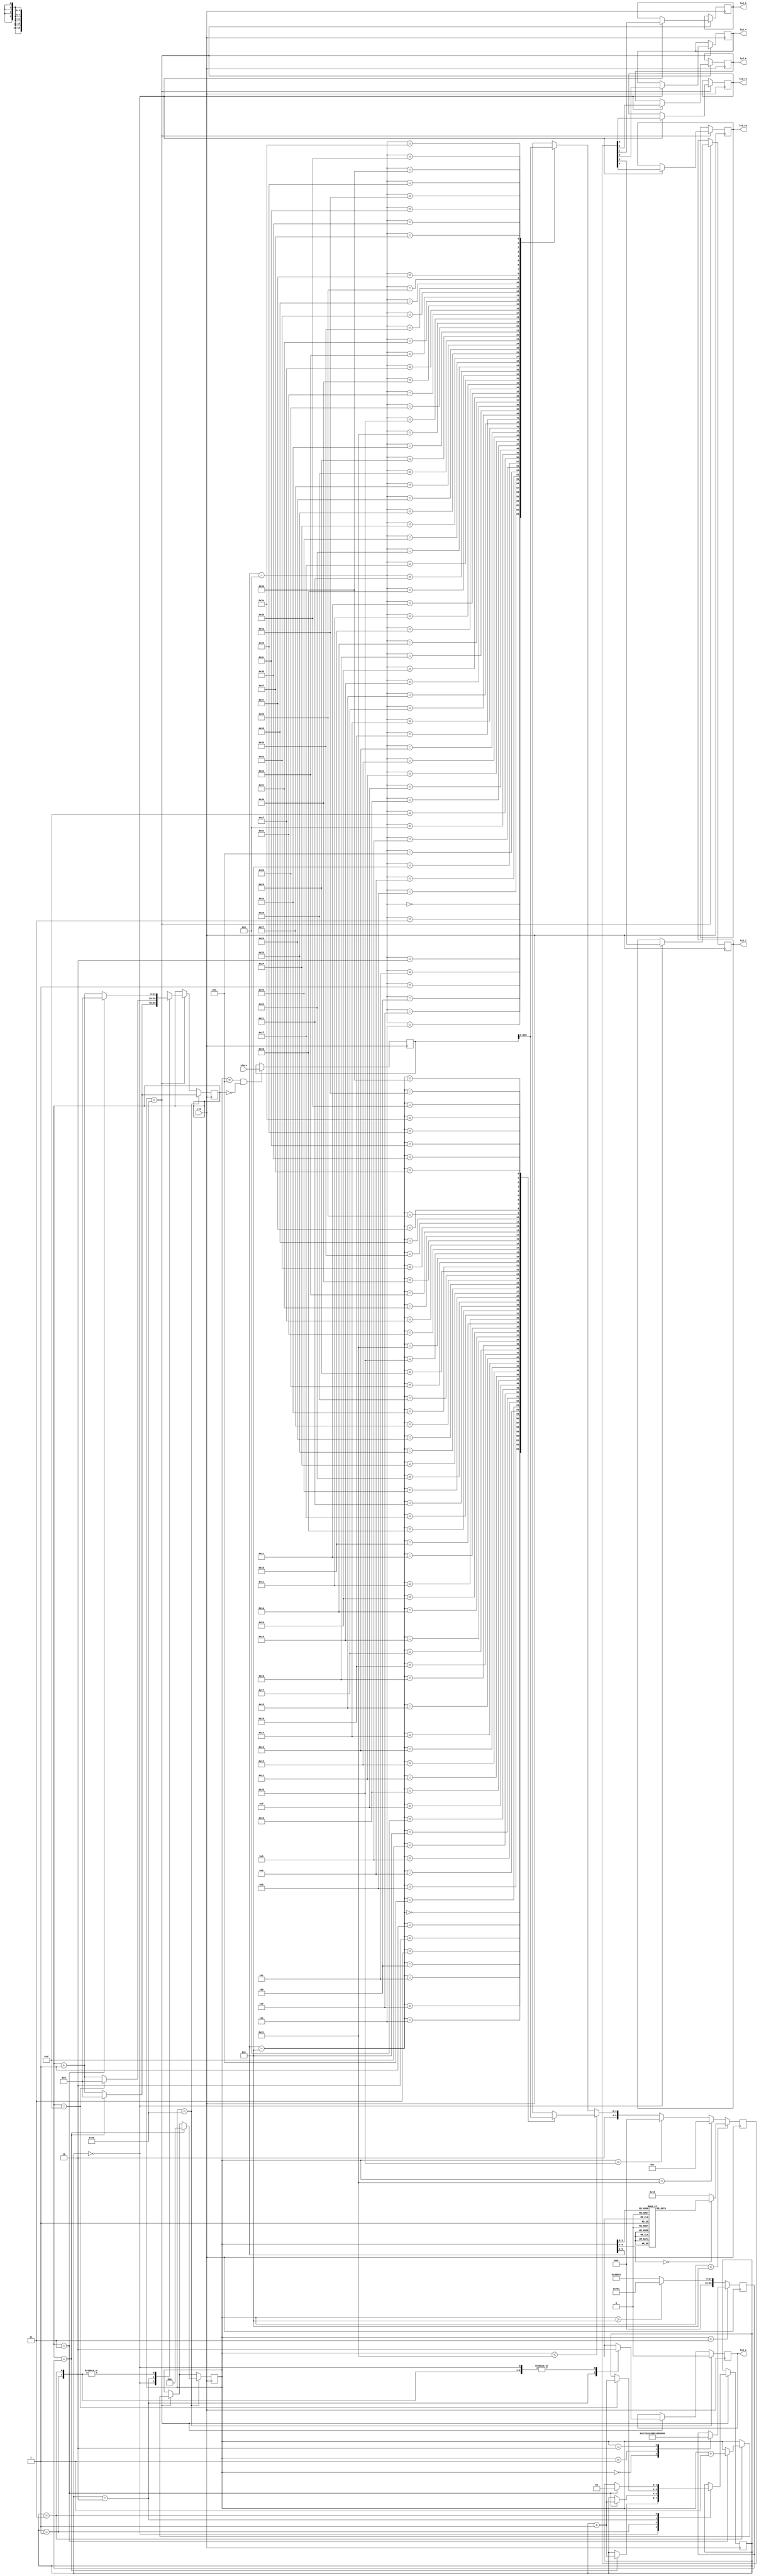
`timescale 1ns / 1ps
//////////////////////////////////////////////////////////////////////////////////
// Company: 
// Engineer: 
// 
// Design Name: 
// Module Name:    LCD 
// Project Name: 
// Target Devices: 
// Tool versions: 
// Description: 
//
// Dependencies: 
//
// Revision: 
// Revision 0.01 - File Created
// Additional Comments: 
//
//////////////////////////////////////////////////////////////////////////////////
module LCD(
clk,
chars,
lcd_rs, lcd_rw, lcd_e, lcd_4, lcd_5, lcd_6, lcd_7
);
input clk;
input [256:0] chars;
output lcd_rs, lcd_rw, lcd_e, lcd_4, lcd_5, lcd_6, 
lcd_7;
wire [256:0] chars;
reg lcd_rs, lcd_rw, lcd_e, lcd_4, lcd_5, lcd_6, lcd_7;
reg [5:0] lcd_code;
reg [1:0] write = 2'b10; // write code has 10 for rs rw
// delays
reg [1:0] before_delay = 3; // time before on
reg [3:0] on_delay = 13; // time on
reg [23:0] off_delay = 750_001; // time off
// states and counters
reg [6:0] Cs = 0;
reg [19:0] count = 0;
reg [1:0] delay_state = 0;
// character data
reg [256:0] chars_hold = " ";
wire [3:0] chars_data [63:0]; // array of characters
// redirects characters data to an array
generate 
genvar i;
for (i = 64; i > 0; i = i-1)
begin : for_name
assign chars_data[64-i] = chars_hold[i*4-
1:i*4-4];
end
endgenerate
always @ (posedge clk) begin
// store character data
if (Cs == 10 && count == 0) begin
chars_hold <= chars;
end
// set time when enable is off
if (Cs < 3) begin
case (Cs)
0: off_delay <= 750_001; // 15ms delay
1: off_delay <= 250_001; // 5ms delay
2: off_delay <= 5_001; // 0.1ms delay
endcase
end else begin
if (Cs > 12) begin
off_delay <= 2_001; // 40us delay
end else begin
off_delay <= 250_001; // 5ms delay
end
end
// delays during each state
if (Cs < 80) begin
case (delay_state)
0: begin
// enable is off
lcd_e <= 0;
{lcd_rs,lcd_rw,lcd_7,lcd_6,lcd_5,lcd_4} <= lcd_code;
if (count == off_delay) begin
count <= 0;
delay_state <= delay_state + 1;
end else begin
count <= count + 1;
end
end
1: begin
// data set before enable is on
lcd_e <= 0;
if (count == before_delay) begin
count <= 0;
delay_state <= delay_state + 1;
end else begin
count <= count + 1;
end
end
2: begin
// enable on
lcd_e <= 1;
if (count == on_delay) begin
count <= 0;
delay_state <= delay_state + 1;
end else begin
count <= count + 1;
end
end
3: begin
// enable off with data set
lcd_e <= 0;
if (count == before_delay) begin
count <= 0;
delay_state <= 0;
Cs <= Cs + 1; // next case
end else begin
count <= count + 1;
end
end
endcase
end
//--------------Cs = 0 - 11 --------------------------------------
// set lcd_code
if (Cs < 12) begin
// initialize LCD
case (Cs)
0: lcd_code <= 6'h03; // power-on initialization
1: lcd_code <= 6'h03;
2: lcd_code <= 6'h03;
3: lcd_code <= 6'h02;
4: lcd_code <= 6'h02; // function set
5: lcd_code <= 6'h08;
6: lcd_code <= 6'h00; // entry mode set
7: lcd_code <= 6'h06;
8: lcd_code <= 6'h00; // display on/off control
9: lcd_code <= 6'h0C;
10:lcd_code <= 6'h00; // display clear
11:lcd_code <= 6'h01;
default: lcd_code <= 6'h10;
endcase
end else begin
 //---------Cs = 44----------------------------------------------

// set character data to lcd_code
if (Cs == 44) begin // change address at end of first line
lcd_code <= {2'b00, 4'b1100}; // 0100 0000 address change
end else if (Cs == 45) begin
lcd_code <= {2'b00, 4'b0000};
end else begin
if (Cs < 44) begin
lcd_code <= {write, chars_data[Cs-12]};
end else begin
lcd_code <= {write, chars_data[Cs-14]};
end
end
end
// hold and loop back
if (Cs == 80) begin
lcd_e <= 0;
if (count == off_delay) begin
Cs <= 10;
count <= 0;
end else begin
count <= count + 1;
end
end
end

endmodule